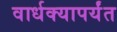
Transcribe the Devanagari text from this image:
वार्धक्यापर्यंत